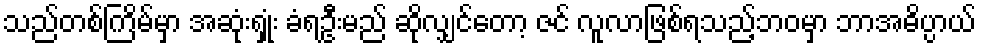
သည်တစ်ကြိမ်မှာ အဆုံးရှုံး ခံရဦးမည် ဆိုလျှင်တော့ ဇင် လူလာဖြစ်ရသည့်ဘဝမှာ ဘာအဓိပ္ပာယ်